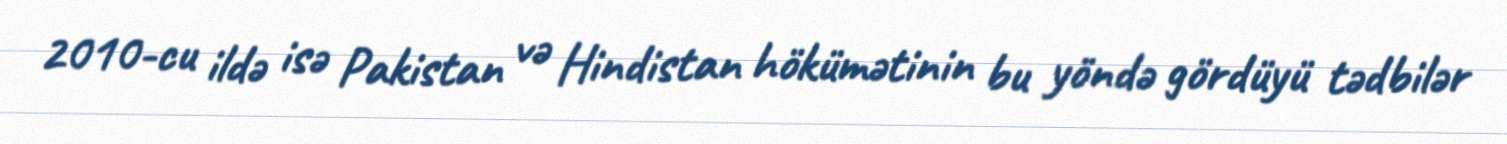
2010-cu ildə isə Pakistan və Hindistan hökümətinin bu yöndə gördüyü tədbilər